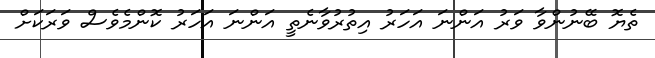
ތެޔޮ ބޭނުންވާ ވަރު އަންނަ އަހަރު އިތުރުވާނެތީ އަންނަ އަހަރު ކޮންމެވެސް ވަރަކަށް